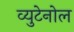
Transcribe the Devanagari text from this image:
व्युटेनोल